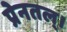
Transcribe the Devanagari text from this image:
प्रेनतल्।